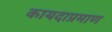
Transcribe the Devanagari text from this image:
कायदाप्रमाण